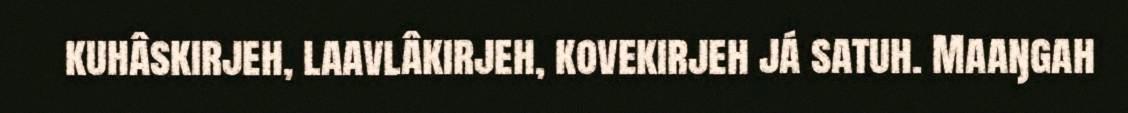
kuhâskirjeh, laavlâkirjeh, kovekirjeh já satuh. Maaŋgah